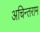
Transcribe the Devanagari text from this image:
अचिन्तराम